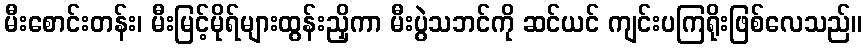
မီးစောင်းတန်း၊ မီးမြင့်မိုရ်များထွန်းညှိကာ မီးပွဲသဘင်ကို ဆင်ယင် ကျင်းပကြရိုးဖြစ်လေသည်။